Indian journal of veterinary science and animal husbandry - Volume 1,
Year: 1931
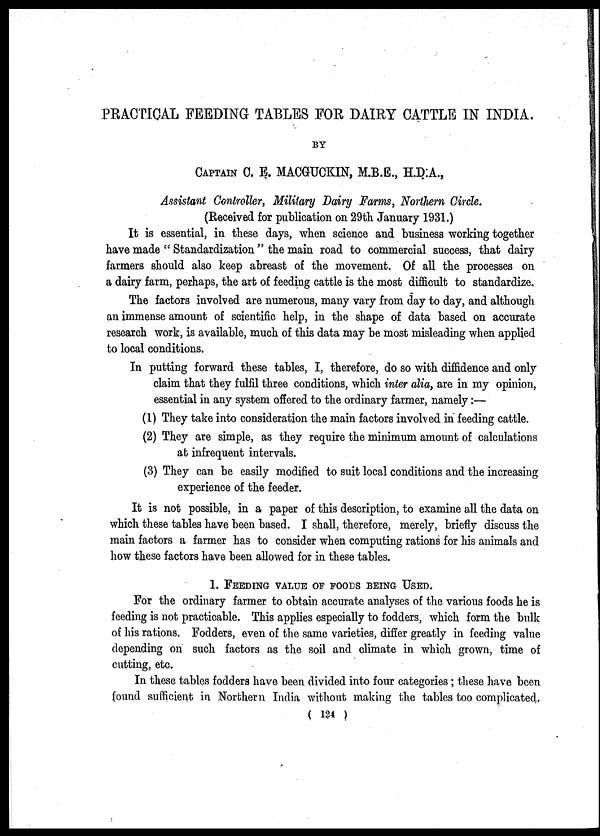
PRACTICAL FEEDING TABLES FOR DAIRY CATTLE IN INDIA.
BY
CAPTAIN C. E. MACGUCKIN, M.B.E., H.D.A.,
Assistant Controller, Military Dairy Farms, Northern Circle.
(Received for publication on 29th January 1931.)
It is essential, in these days, when science and business working together
have made " Standardization " the main road to commercial success, that dairy
farmers should also keep abreast of the movement. Of all the processes on
a dairy farm, perhaps, the art of feeding cattle is the most difficult to standardize.
The factors involved are numerous, many vary from day to day, and although
an immense amount of scientific help, in the shape of data based on accurate
research work, is available, much of this data may be most misleading when applied
to local conditions.
In putting forward these tables, I, therefore, do so with diffidence and only
claim that they fulfil three conditions, which inter alia, are in my opinion,
essential in any system offered to the ordinary farmer, namely:—
(1) They take into consideration the main factors involved in feeding cattle.
(2) They are simple, as they require the minimum amount of calculations
at infrequent intervals.
(3) They can be easily modified to suit local conditions and the increasing
experience of the feeder.
It is not possible, in a paper of this description, to examine all the data on
which these tables have been based. I shall, therefore, merely, briefly discuss the
main factors a farmer has to consider when computing rations for his animals and
how these factors have been allowed for in these tables.
1. FEEDING VALUE OF FOODS BEING USED.
For the ordinary farmer to obtain accurate analyses of the various foods he is
feeding is not practicable. This applies especially to fodders, which form the bulk
of his rations. Fodders, even of the same varieties, differ greatly in feeding value
depending on such factors as the soil and climate in which grown, time of
cutting, etc.
In these tables fodders have been divided into four categories; these have been
found sufficient in Northern India without making the tables too complicated.
( 124 )